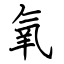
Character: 氧